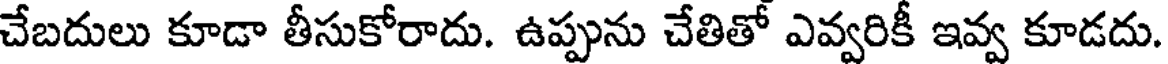
చేబదులు కూడా తీసుకోరాదు. ఉప్పును చేతితో ఎవ్వరికీ ఇవ్వ కూడదు.